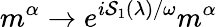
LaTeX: m^{\alpha}\to e^{i{\cal S}_{1}(\lambda)/\omega}m^{\alpha}